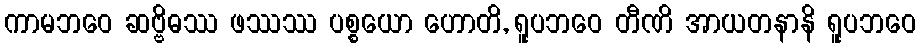
ကာမဘဝေ ဆဗ္ဗိဓဿ ဖဿဿ ပစ္စယော ဟောတိ, ရူပဘဝေ တီဏိ အာယတနာနိ ရူပဘဝေ